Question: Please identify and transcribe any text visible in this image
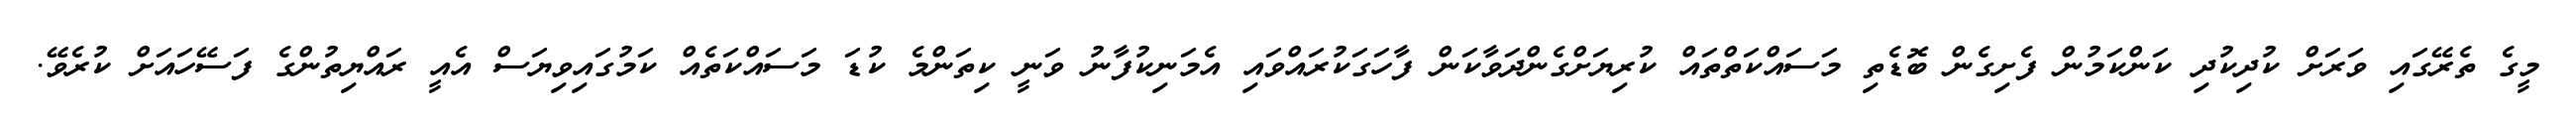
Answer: މީގެ ތެރޭގައި ވަރަށް ކުދިކުދި ކަންކަމުން ފެށިގެން ބޮޑެތި މަސައްކަތްތައް ކުރިޔަށްގެންދަވާކަން ފާހަގަކުރައްވައި އެމަނިކުފާނު ވަނީ ކިތަންމެ ކުޑަ މަސައްކަތެއް ކަމުގައިވިޔަސް އެއީ ރައްޔިތުންގެ ފަސޭހައަށް ކުރެވޭ.